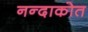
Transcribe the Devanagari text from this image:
नन्दाकोत